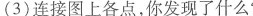
(3)连接图上各点，你发现了什么?